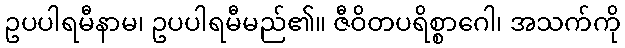
ဥပပါရမီနာမ၊ ဥပပါရမီမည်၏။ ဇီဝိတပရိစ္စာဂေါ၊ အသက်ကို